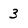
Character: 3